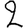
Digit: 2